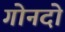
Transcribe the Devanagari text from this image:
गोनदो